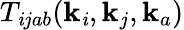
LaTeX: T_{\mathit{i}jab}(\mathbf{{k}}_{\mathit{i}},\mathbf{{k}}_{j},\mathbf{{k}}_{a})